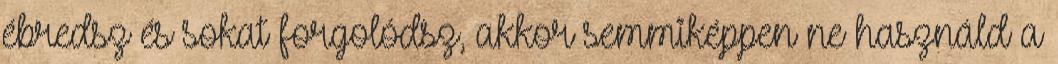
ébredsz és sokat forgolódsz, akkor semmiképpen ne használd a